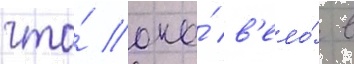
что́ оно́ в'ело́ в